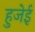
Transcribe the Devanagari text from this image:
हुजेई